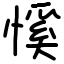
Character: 慀